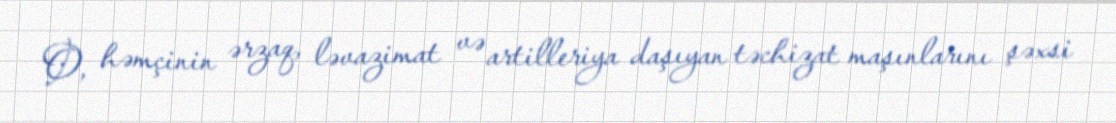
O, həmçinin ərzaq, ləvazimat və artilleriya daşıyan təchizat maşınlarını şəxsi